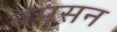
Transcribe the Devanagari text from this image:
बमसन